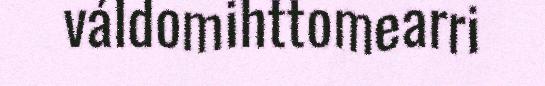
váldomihttomearri